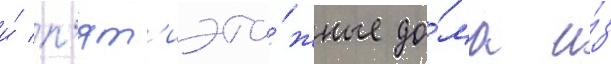
и́ п'ят'иэта́жные до́ма и́з